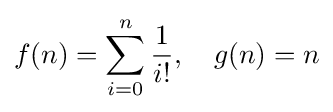
f(n)=\sum _{i=0}^{n}{1 \over i!},\quad g(n)=n